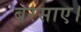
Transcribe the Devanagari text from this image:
बरसाए।